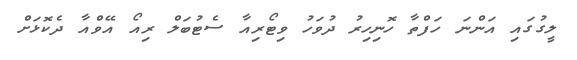
ލީގުގައި އަންނަ ހަފްތާ ހޮނިހިރު ދުވަހު ވިޓޯރިއާ ސެޓުބަލް ރިއޯ އޭވްއާ ދެކޮޅަށް